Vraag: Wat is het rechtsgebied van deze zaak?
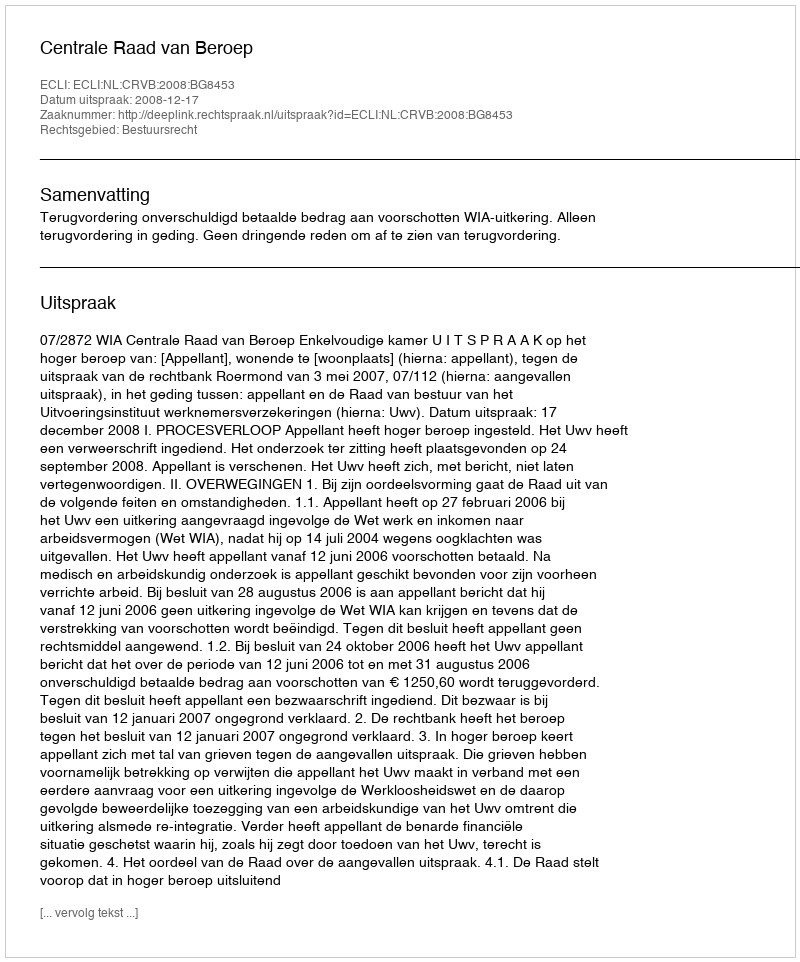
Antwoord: Bestuursrecht